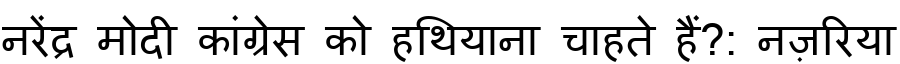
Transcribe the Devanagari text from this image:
नरेंद्र मोदी कांग्रेस को हथियाना चाहते हैं?: नज़रिया